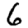
Digit: 6